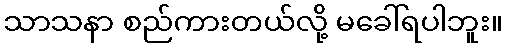
သာသနာ စည်ကားတယ်လို့ မခေါ်ရပါဘူး။